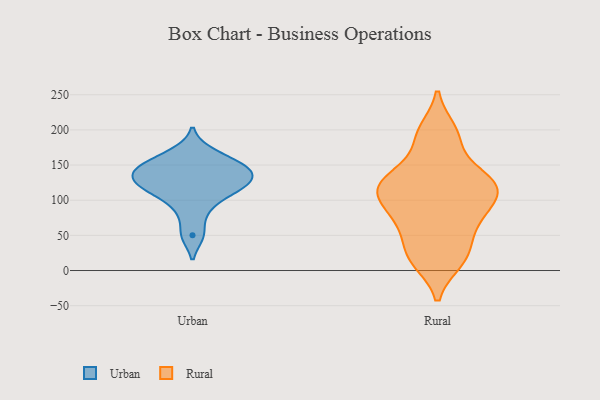
{"axis": {"x": "Bounce Rate (%)", "y": "Value"}, "legend": ["Rural", "Urban"], "data": [{"x": "", "y": 111, "type": "Urban"}, {"x": "", "y": 85, "type": "Urban"}, {"x": "", "y": 122, "type": "Urban"}, {"x": "", "y": 114, "type": "Urban"}, {"x": "", "y": 169, "type": "Urban"}, {"x": "", "y": 147, "type": "Urban"}, {"x": "", "y": 131, "type": "Urban"}, {"x": "", "y": 146, "type": "Urban"}, {"x": "", "y": 50, "type": "Urban"}, {"x": "", "y": 151, "type": "Urban"}, {"x": "", "y": 134, "type": "Urban"}, {"x": "", "y": 60, "type": "Rural"}, {"x": "", "y": 120, "type": "Rural"}, {"x": "", "y": 14, "type": "Rural"}, {"x": "", "y": 134, "type": "Rural"}, {"x": "", "y": 71, "type": "Rural"}, {"x": "", "y": 86, "type": "Rural"}, {"x": "", "y": 128, "type": "Rural"}, {"x": "", "y": 30, "type": "Rural"}, {"x": "", "y": 104, "type": "Rural"}, {"x": "", "y": 198, "type": "Rural"}, {"x": "", "y": 118, "type": "Rural"}, {"x": "", "y": 23, "type": "Rural"}, {"x": "", "y": 71, "type": "Rural"}, {"x": "", "y": 109, "type": "Rural"}, {"x": "", "y": 132, "type": "Rural"}, {"x": "", "y": 130, "type": "Rural"}, {"x": "", "y": 100, "type": "Rural"}, {"x": "", "y": 15, "type": "Rural"}, {"x": "", "y": 192, "type": "Rural"}, {"x": "", "y": 187, "type": "Rural"}]}